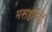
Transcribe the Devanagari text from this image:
मसहरियाँ